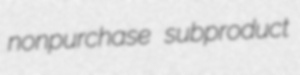
nonpurchase subproduct